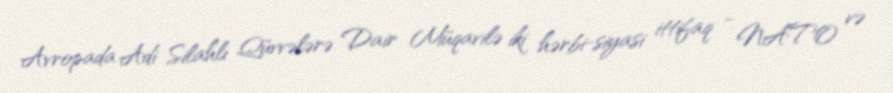
Avropada Adi Silahlı Qüvvələrə Dair Müqavilə iki hərbi-siyasi ittifaq - NATO və